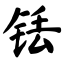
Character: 铥